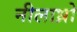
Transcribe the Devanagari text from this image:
नीलाध्रो